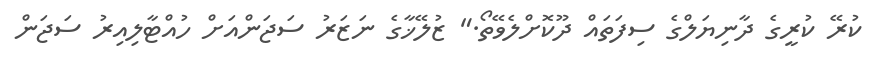
ކުރޭ ކުރީގެ ދާނިޔަލްގެ ސިފަތައް ދޫކޮށްލެވޭތޯ." ޒުލޭޚާގެ ނަޒަރު ސަޖަންއަށް ހުއްޓާލިއިރު ސަޖަން